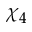
\chi _ { 4 }